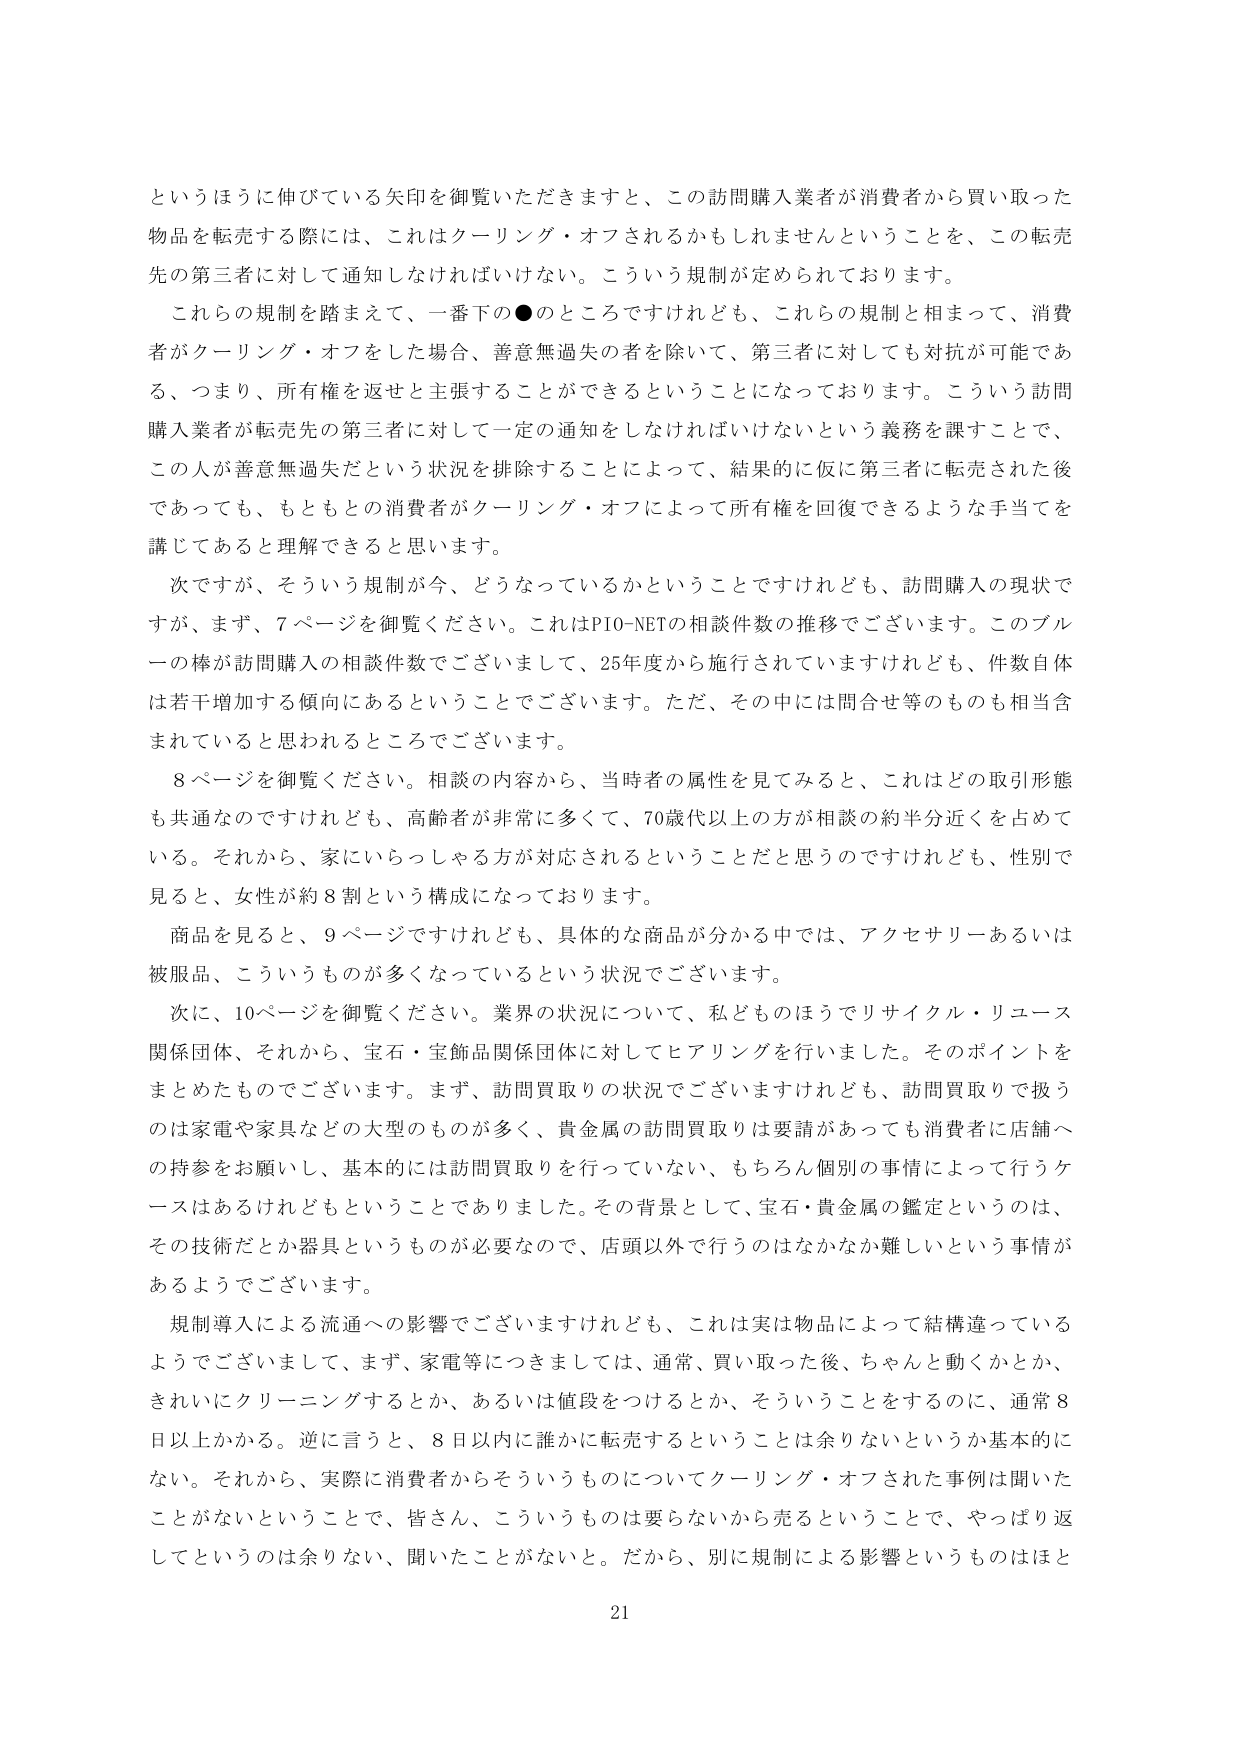
というほうに伸びている矢印を御覧いただきますと、この訪問購入業者が消費者から買い取った物品を転売する際には、これはクーリング・オフされるかもしれませんということを、この転売先の第三者に対して通知しなければいけない。こういう規制が定められております。

これらの規制を踏まえて、一番下の●のところですけれども、これらの規制と相まって、消費者がクーリング・オフをした場合、善意無過失の者を除いて、第三者に対しても対抗が可能である、つまり、所有権を返せと主張することができるということになっております。こういう訪問購入業者が転売先の第三者に対して一定の通知をしなければいけないという義務を課すことで、この人が善意無過失だという状況を排除することによって、結果的に仮に第三者に転売された後であっても、もともとの消費者がクーリング・オフによって所有権を回復できるような手当てを講じてあると理解できると思います。

次ですが、そういう規制が今、どうなっているかということですけれども、訪問購入の現状ですが、まず、7ページを御覧ください。これはPIO-NETの相談件数の推移でございます。このブルーの棒が訪問購入の相談件数でございまして、25年度から施行されていますけれども、件数自体は若干増加する傾向にあるということでございます。ただ、その中には問合せ等のものも相当含まれていると思われるところでございます。

8ページを御覧ください。相談の内容から、当時者の属性を見てみると、これはどの取引形態も共通なのですが、高齢者が非常に多くて、70歳代以上の方が相談の約半分近くを占めている。それから、家にいらっしゃる方が対応されるということだと思うのですが、性別で見ると、女性が約8割という構成になっております。

商品を見ると、9ページですけれども、具体的な商品が分かる中では、アクセサリーあるいは被服品、こういうものが多くなっているという状況でございます。

次に、10ページを御覧ください。業界の状況について、私どものほうでリサイクル・リユース関係団体、それから、宝石・宝飾品関係団体に対してヒアリングを行いました。そのポイントをまとめたものでございます。まず、訪問買取りの状況でございますけれども、訪問買取りで扱うのは家電や家具などの大型のものが多く、貴金属の訪問買取りは要請があっても消費者に店舗への持参をお願いし、基本的には訪問買取りを行っていない、もちろん個別の事情によって行うケースはあるけれどもということでありました。その背景として、宝石・貴金属の鑑定というのは、その技術だとか器具というものが必要なので、店頭以外で行うのはなかなか難しいという事情があるようでございます。

規制導入による流通への影響でございますけれども、これは実は物品によって結構違っているようでございます。まず、家電等につきましては、通常、買い取った後、ちゃんと動くかとか、きれいにクリーニングするとか、あるいは値段をつけるとか、そういうことをするのに、通常8日以上かかる。逆に言うと、8日以内に誰かに転売するということは余りないというか基本的にない。それから、実際に消費者からそういうものについてクーリング・オフされた事例は聞いたことがないということで、皆さん、こういうものは要らないから売るということで、やっぱり返してというのは余りない、聞いたことがない。だから、別に規制による影響というものはほと

21